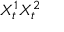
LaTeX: X _ { t } ^ { 1 } X _ { t } ^ { 2 }